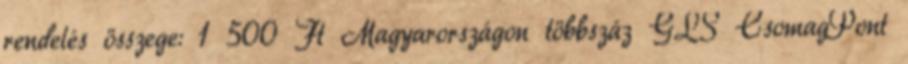
rendelés összege: 1 500 Ft Magyarországon többszáz GLS CsomagPont